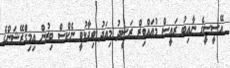
އޭސީސީގެ ނާއިބު ރައީސް މުއައްވިޒް ރަޝީދު މިއަދު ވިދާޅުވީ ނެކްސް ބިޒުން އިމިގްެރޭޝަންގެ